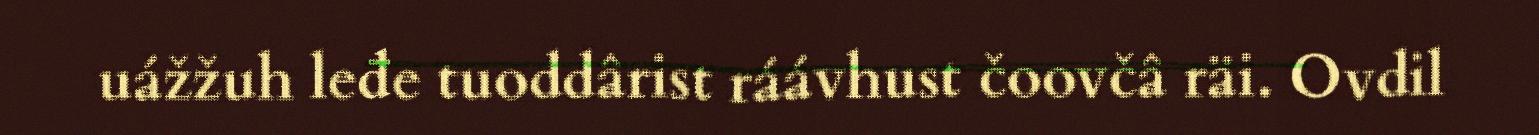
uážžuh leđe tuoddârist ráávhust čoovčâ räi. Ovdil